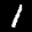
Label: 1